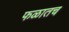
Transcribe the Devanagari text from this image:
फळातच